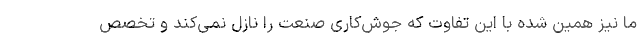
ما نیز همین شده با این تفاوت که جوش‌کاری صنعت را نازل نمی‌کند و تخصص